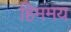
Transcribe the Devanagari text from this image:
हिममय